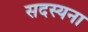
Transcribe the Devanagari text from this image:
सदस्यना